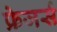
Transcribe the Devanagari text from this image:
फ्रेजर्स